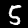
Digit: 5